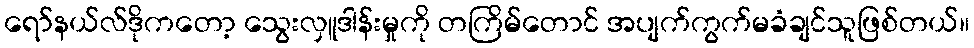
ရော်နယ်လ်ဒိုကတော့ သွေးလှူဒါန်းမှုကို တကြိမ်တောင် အပျက်ကွက်မခံချင်သူဖြစ်တယ်။